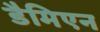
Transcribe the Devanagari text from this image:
डैमिएन